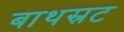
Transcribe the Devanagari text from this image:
बाथस्रट